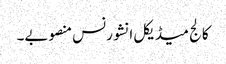
کالج میڈیکل انشورنس منصوبے۔